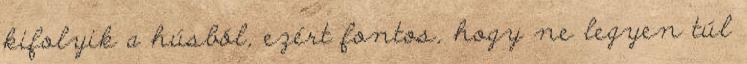
kifolyik a húsból, ezért fontos, hogy ne legyen túl